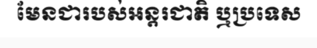
មែនជារបស់អន្តរជាតិ ឬប្រទេស